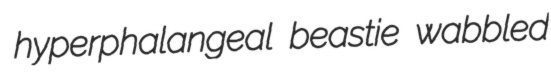
hyperphalangeal beastie wabbled